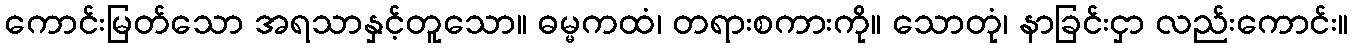
ကောင်းမြတ်သော အရသာနှင့်တူသော။ ဓမ္မကထံ၊ တရားစကားကို။ သောတုံ၊ နာခြင်းငှာ လည်းကောင်း။